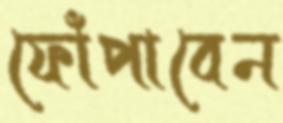
ফোঁপাবেন